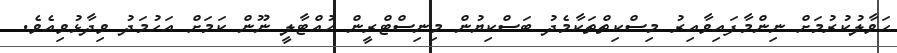
ހަވާލުކުރުމަށް ނިންމާފައިވާއިރު މިސްކިތްތަކާމެދު ބަސްކިޔުން މިނިސްޓްރީން ހުއްޓާލީ ނޫން ކަަމަށް އަހުމަދު ވިދާޅުވިއެވެ.